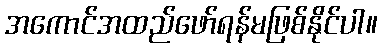
အကောင်အထည်ဖော်ရန်မဖြစ်နိုင်ပါ။